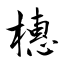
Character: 橞